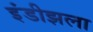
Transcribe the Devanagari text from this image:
इंडीझला